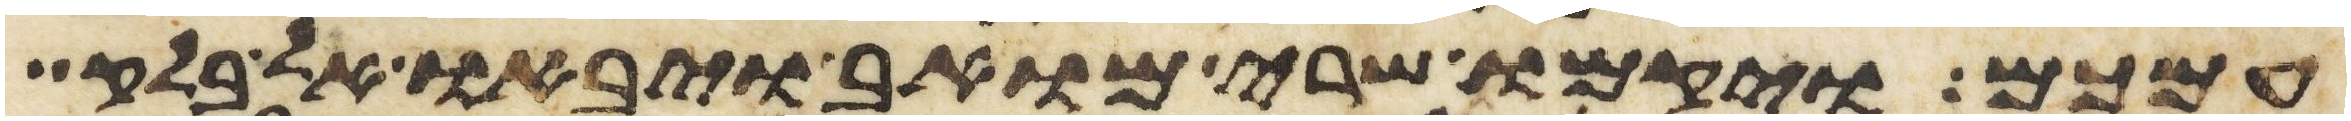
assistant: עמכם ויקמו שרי מואב ויבאו אל בלק